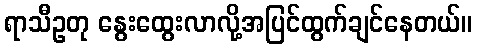
ရာသီဥတု နွေးထွေးလာလို့အပြင်ထွက်ချင်နေတယ်။